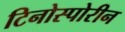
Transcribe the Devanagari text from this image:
टिनोस्पोरीन